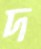
দ